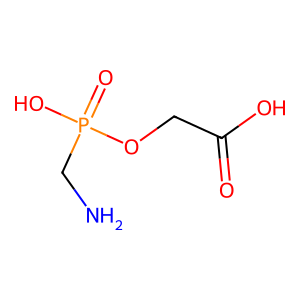
SMILES: NCP(=O)(O)OCC(=O)O
Inhibits HIV replication: No